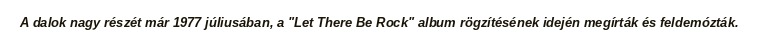
A dalok nagy részét már 1977 júliusában, a "Let There Be Rock" album rögzítésének idején megírták és feldemózták.